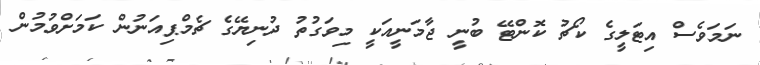
ނަމަވެސް އިޓަލީގެ ކޯޗު ކޮންޓޭ ބުނީ ޖާމަނީއަކީ މިވަގުތު ދުނިޔޭގެ ޗެމްޕިއަނުން ކަމަށްވުމުން